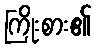
ကြိုးစား၏